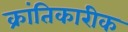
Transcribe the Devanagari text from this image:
क्रांतिकारीक